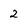
Character: 2